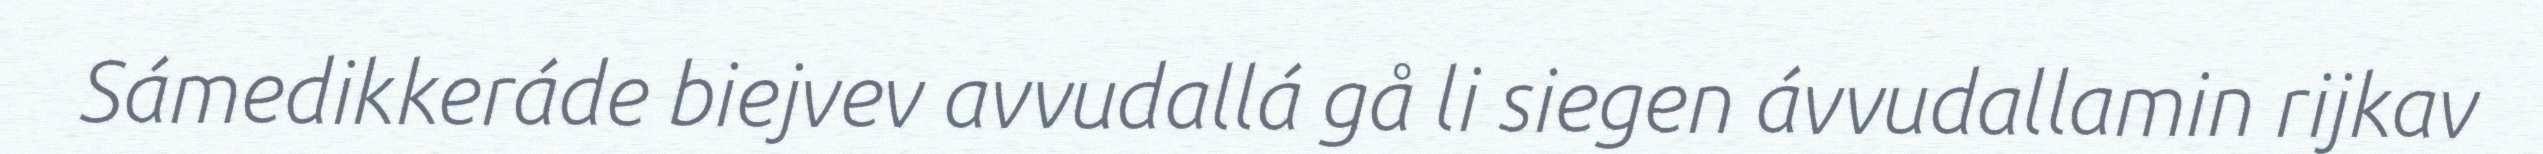
Sámedikkeráde biejvev avvudallá gå li siegen ávvudallamin rijkav